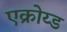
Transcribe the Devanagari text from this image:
एक्रोय्ड